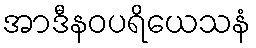
အာဒီနဝပရိယေသနံ